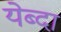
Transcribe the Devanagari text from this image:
येब्दा